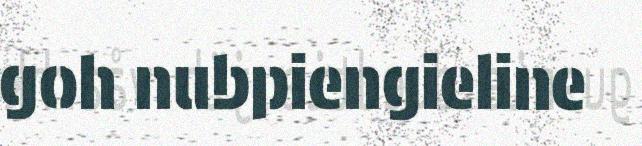
goh nubpiengieline